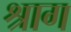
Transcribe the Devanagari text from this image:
श्राग